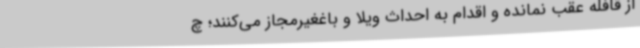
از قافله عقب نمانده و اقدام به احداث ویلا و باغغیرمجاز می‌کنند؛ چ